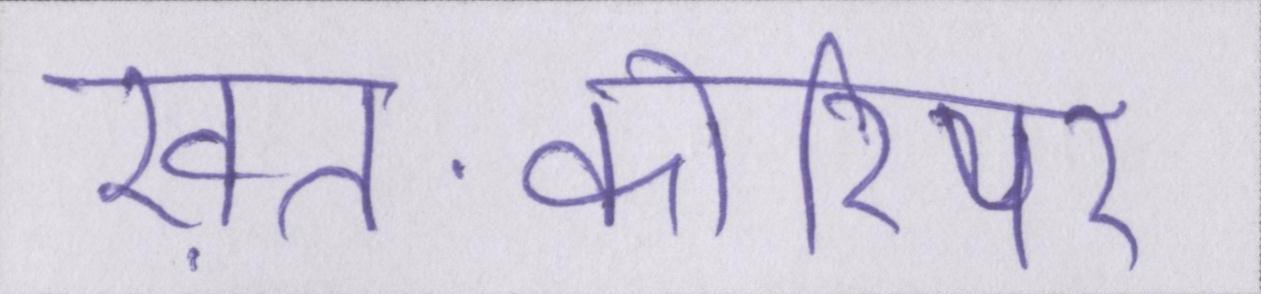
ख़त-कोरियर